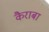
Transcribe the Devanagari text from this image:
कैराबा